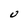
Character: U